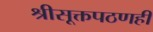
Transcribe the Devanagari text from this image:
श्रीसूक्तपठणही